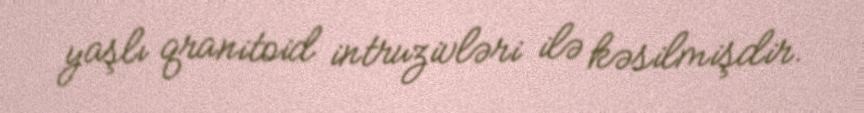
yaşlı qranitoid intruzivləri ilə kəsilmişdir.